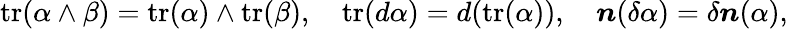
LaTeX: \mathrm{tr}(\alpha\wedge\beta)=\mathrm{tr}(\alpha)\wedge\mathrm{tr}(\beta),\quad\mathrm{tr}(d\alpha)=d(\mathrm{tr}(\alpha)),\quad\boldsymbol{n}(\delta\alpha)=\delta\boldsymbol{n}(\alpha),